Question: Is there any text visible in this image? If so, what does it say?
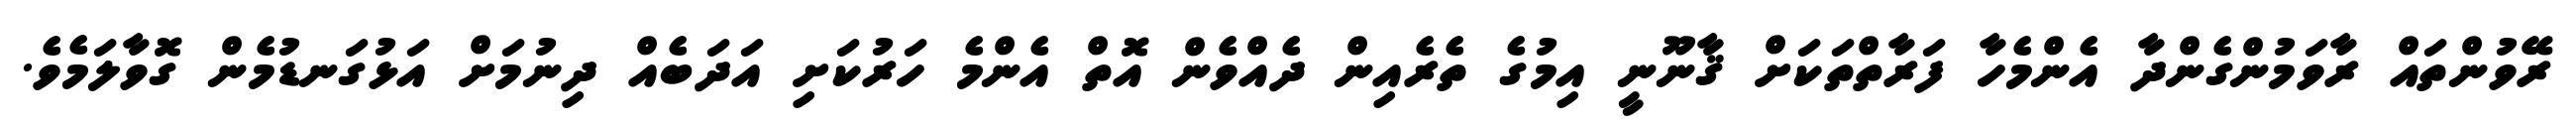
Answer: ރޭވުންތައް ރާވަމުންގެންދާ އެންމެހާ ފަރާތްތަކަށް ޤާނޫނީ އިމުގެ ތެރެއިން ދެއްވެން އޮތް އެންމެ ހަރުކަށި އަދަބެއް ދިނުމަށް އަޅުގަނޑުމެން ގޮވާލަމެވެ.